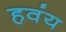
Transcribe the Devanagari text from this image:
हवंय